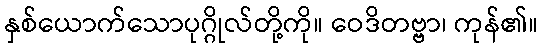
နှစ်ယောက်သောပုဂ္ဂိုလ်တို့ကို။ ဝေဒိတဗ္ဗာ၊ ကုန်၏။